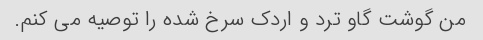
من گوشت گاو ترد و اردک سرخ شده را توصیه می کنم.